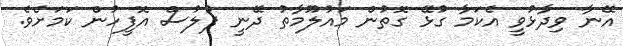
އޭނާ ވިދާޅުވީ އެކަމާ ގުޅޭ ގޮތުން މައުލޫމާތު ދޭނީ ފުލުސް އޮފީހުން ކަމަށެވެ.